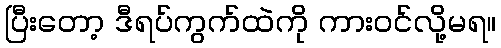
ပြီးတော့ ဒီရပ်ကွက်ထဲကို ကားဝင်လို့မရ။